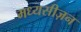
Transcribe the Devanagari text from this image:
मध्यसीज़न